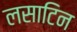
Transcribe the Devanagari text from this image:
लसाटिन